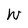
Character: W